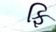
ફિ